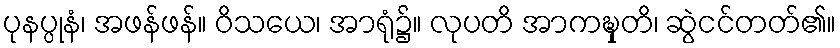
ပုနပ္ပုနံ၊ အဖန်ဖန်။ ဝိသယေ၊ အာရုံ၌။ လုပတိ အာကဍ္ဎှတိ၊ ဆွဲငင်တတ်၏။